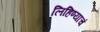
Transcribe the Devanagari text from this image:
लिहिण्याचं